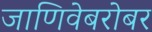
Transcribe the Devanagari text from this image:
जाणिवेबरोबर